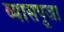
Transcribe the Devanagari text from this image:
व्यासपूजा